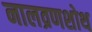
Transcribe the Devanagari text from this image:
नालव्रणशोथ